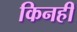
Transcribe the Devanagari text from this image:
किनहीं